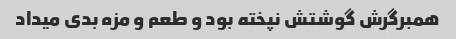
همبرگرش گوشتش نپخته بود و طعم و مزه بدی میداد